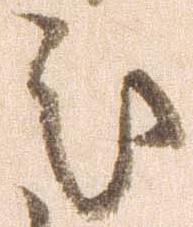
処